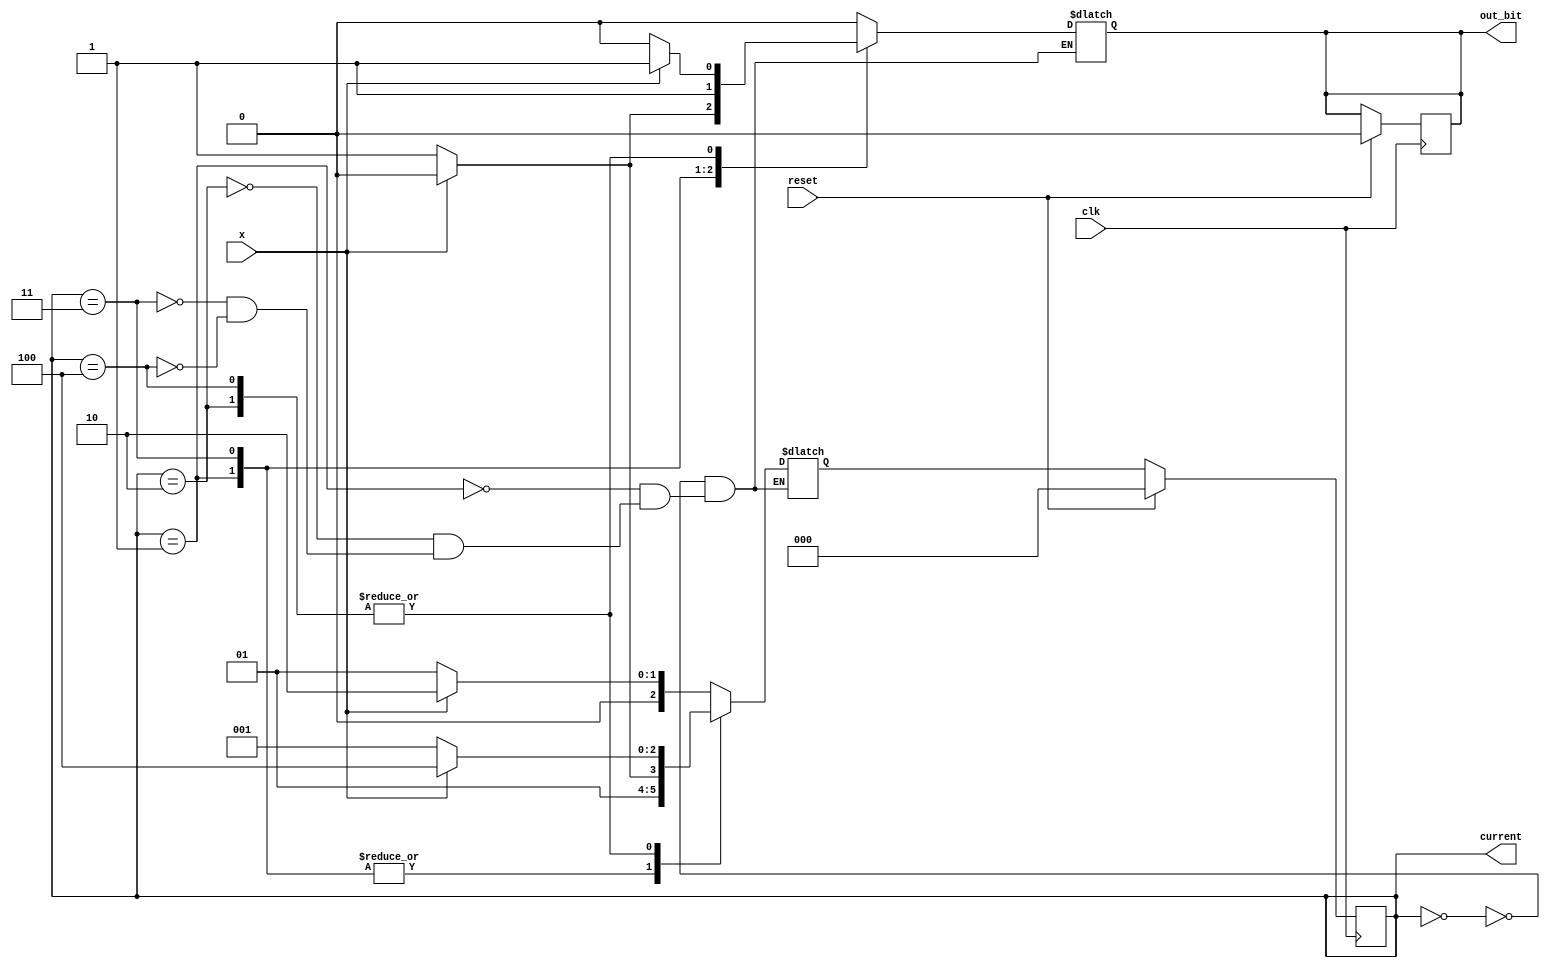
`timescale 1ns / 1ps
//////////////////////////////////////////////////////////////////////////////////
// Company: 
// Engineer: 
// 
// Design Name: 
// Module Name: fsm_src
// Project Name: 
// Target Devices: 
// Tool Versions: 
// Description: 
// 
// Dependencies: 
// 
// Revision:
// Revision 0.01 - File Created
// Additional Comments:
// 
//////////////////////////////////////////////////////////////////////////////////


module fsm_src(input x,input clk,input reset,output reg [2:0] current, output reg out_bit);


parameter reset_state = 0;
parameter read_1_zero = 1;
parameter read_1_one = 2;
parameter read_2_zero = 3;
parameter read_2_one = 4;

reg [2:0] next;

//detect two successive 0s or 1s in the serial input bit stream
always @(posedge clk) begin
if (reset)
    begin
    current <= reset_state;
    out_bit <= 0;
    end
else 
    current <= next;
end
always @(x, current) begin
case(current)
    reset_state : if (x)
            begin
            next=read_1_one;
            out_bit = 0;
            end
        else
            begin
            next=read_1_zero;
            out_bit = 0;
            end
    read_1_zero : if(x)
            begin
            next=read_1_one;
            out_bit =0;
            end
        else
            begin
            next = read_2_zero;
            out_bit = 1;
            end
    read_1_one: 
        if(x)
            begin
            next = read_2_one;
            out_bit =1;
            end
       else
            begin
            next = read_1_zero;
            out_bit = 0;
            end
     read_2_zero:
        if(x)
            begin
            next = read_1_one;
            out_bit = 1;
            end
        else
            begin
            next = read_2_zero;
            out_bit = 1;
            end
     read_2_one:
        if(x)
            begin
            next =read_2_one;
            out_bit = 1;
            end
        else
            begin
            next = read_1_zero;
            out_bit=0;
            end            
      endcase         
end    

endmodule